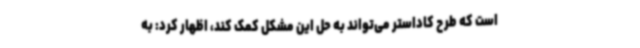
است که طرح کاداستر می‌تواند به حل این مشکل کمک کند، اظهار کرد: به